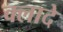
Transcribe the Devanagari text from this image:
क्लादे